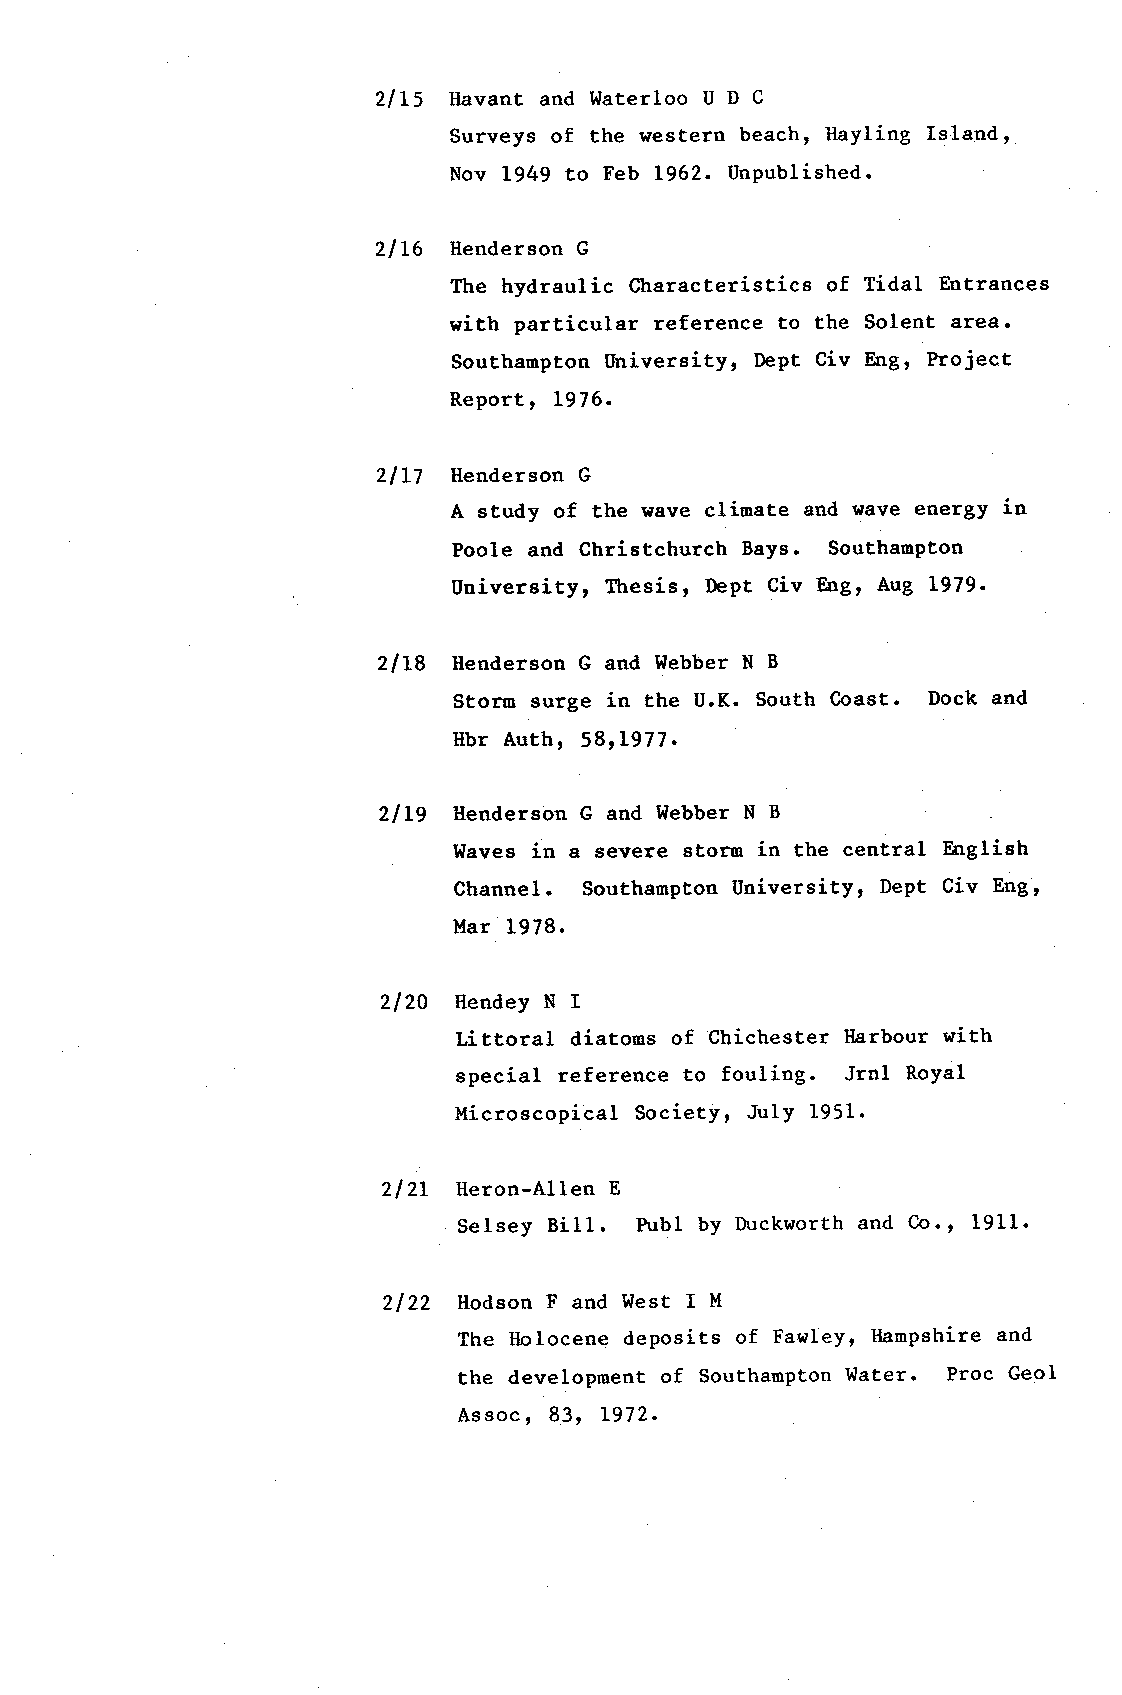
2lL5 Havant and llaterloo U D C
 Surveys of the lrestern beach, Ilayling Is'landt
 Nov 1949 to Feb L962. Unpublished.
 2lL6 Henderson G
 The hydraulic Characteristics of Tidal Entrances
 with particular reference to the Solent area.
 Southampton University, Dept Civ Engr Project
 Report, L976.
 2lIl llenderson G
 A study of the wave cliuate and ltave energy in
 Poole and Christchurch Bays. Southampton
 University, Thesis, DePt Civ Engr Aug L979.
 2l]-g llenderson G and Webber N B
 Storm surge in the U.K. South Coast. Dock and
 Ilbr Auth, 58r L977.
 2ll9 llenderson G and Webber N B
 I{aves in a severe storm in the central English
 Channel. Southampton University, Dept Civ Engt
 ltar 1978.
 2120 llendey N I
 Littoral diatoms of Chichester llarbour sith
 special reference to fouling. Jrnl Royal
 llicroscopical Societyr July 1951.
 2l2L lleron-Allen E
 Selsey Bill. Publ by Duckwortha nd Co., 1911.
 2122 llodson F and West I M
 The tlolocene deposits of Fawley, Hampshire and
 the develoPment of Southampton Water. Proc Geol
 Assoc, 83, 1972.